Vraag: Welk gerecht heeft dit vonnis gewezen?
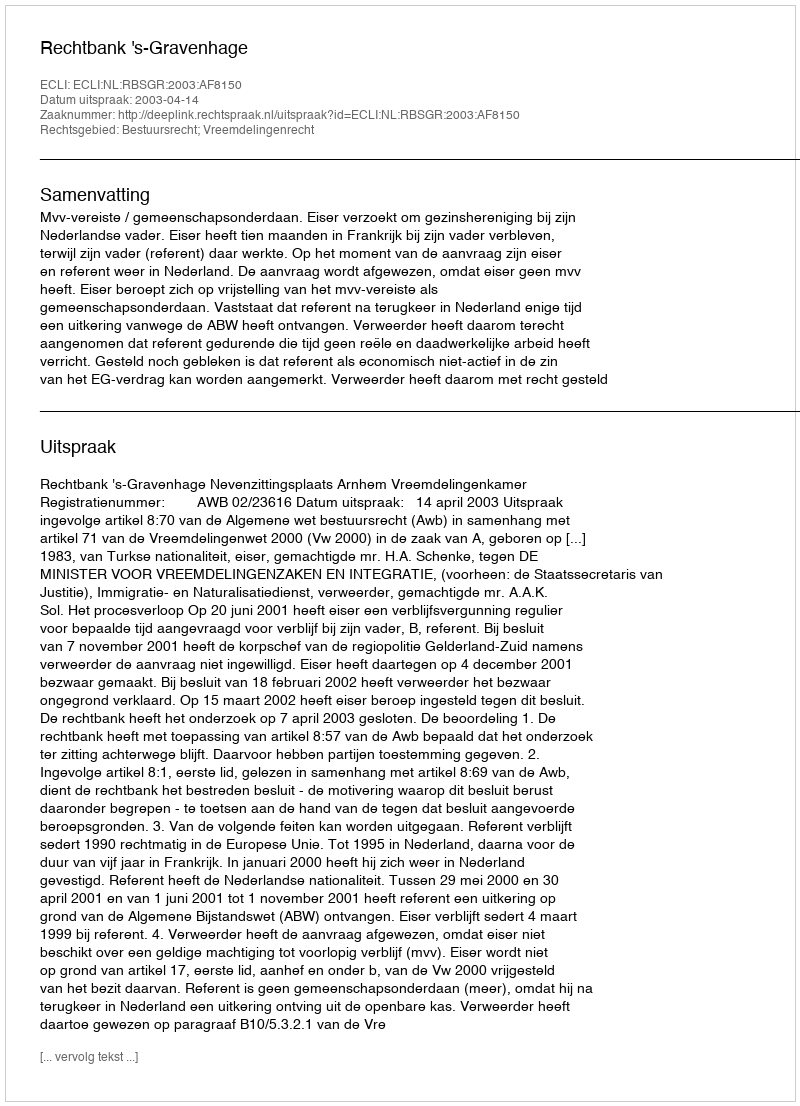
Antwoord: Rechtbank 's-Gravenhage